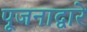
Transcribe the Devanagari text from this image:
पूजनाद्वारे